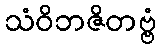
သံဝိဘဇိတဗ္ဗံ